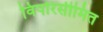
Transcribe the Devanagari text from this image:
विपरिसीमित